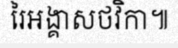
រៃអង្គាសថវិកា៕